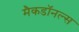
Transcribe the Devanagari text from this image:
मैकडॉनल्स